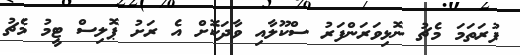
ފުރަތަމަ މެޗު ނޮޅިވަރަންފަރު ސްކޫލާއި ވާދަކޮށް އެ ރަށު ޕޮލިސް ޓީމު މެޗު